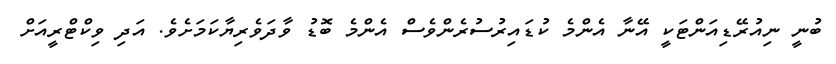
ބުނީ ނިއުރޭޑިއަންޓަކީ އޭނާ އެންމެ ކުޑައިރުސުރެންވެސް އެންމެ ބޮޑު ވާދަވެރިޔާކަމަށެވެ. އަދި ވިކްޓްރީއަށް